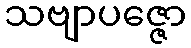
သဗျာပဇ္ဇော